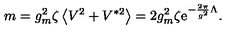
m = g _ { m } ^ { 2 } \zeta \left< V ^ { 2 } + V ^ { * 2 } \right> = 2 g _ { m } ^ { 2 } \zeta \mathrm { e } ^ { - { \frac { 2 \pi } { g ^ { 2 } } } \Lambda } .